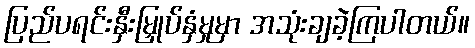
ပြည်ပရင်းနှီးမြှုပ်နှံမှုမှာ အသုံးချခဲ့ကြပါတယ်။